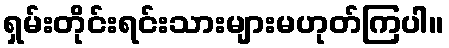
ရှမ်းတိုင်းရင်းသားများမဟုတ်ကြပါ။